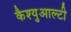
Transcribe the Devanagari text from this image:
कैश्युआल्टी